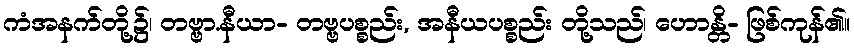
ကံအနက်တို့၌၊ တဗ္ဗာ.နီယာ- တဗ္ဗပစ္စည်း, အနီယပစ္စည်း တို့သည်၊ ဟောန္တိ- ဖြစ်ကုန်၏။